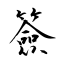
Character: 簽